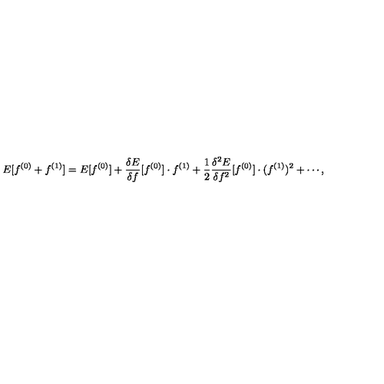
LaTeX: E [ f ^ { ( 0 ) } + f ^ { ( 1 ) } ] = E [ f ^ { ( 0 ) } ] + \frac { \delta E } { \delta f } [ f ^ { ( 0 ) } ] \cdot f ^ { ( 1 ) } + \frac { 1 } { 2 } \frac { \delta ^ { 2 } E } { \delta f ^ { 2 } } [ f ^ { ( 0 ) } ] \cdot ( f ^ { ( 1 ) } ) ^ { 2 } + \cdots ,